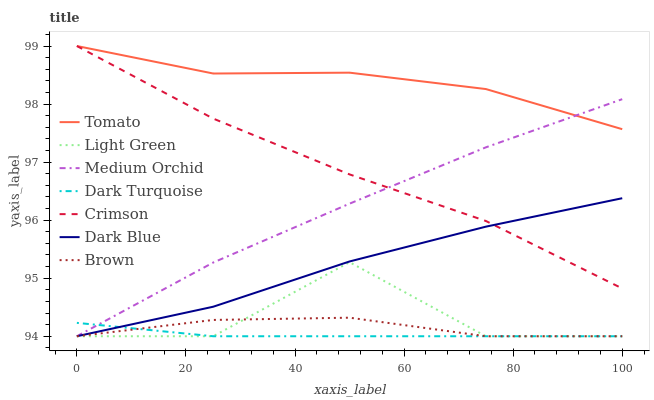
| xaxis_label | Tomato | Light Green | Medium Orchid | Dark Turquoise | Crimson | Dark Blue | Brown |
 | --- | --- | --- | --- | --- | --- | --- | --- |
 | 0 | 99 | 94 | 94 | 94.2 | 99 | 94 | 94 |
 | 25 | 98.5 | 94 | 95.3 | 94 | 97.7 | 94.5 | 94.3 |
 | 50 | 98.5 | 95.3 | 96.3 | 94 | 96.8 | 95.3 | 94.3 |
 | 75 | 98.3 | 94 | 97.3 | 94 | 96 | 95.9 | 94 |
 | 100 | 97.6 | 94 | 98.1 | 94 | 94.8 | 96.4 | 94 |